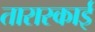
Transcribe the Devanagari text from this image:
तारास्काई